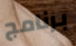
برنامج